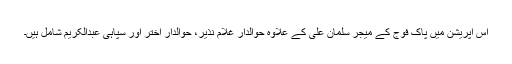
اس آپریشن میں پاک فوج کے میجر سلمان علی کے علاوہ حوالدار غلام نذیر، حوالدار اختر اور سپاہی عبدالکریم شامل ہیں۔